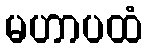
မဟာပထံ